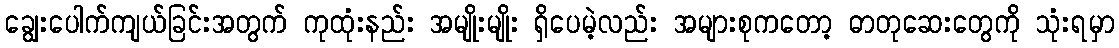
ချွေးပေါက်ကျယ်ခြင်းအတွက် ကုထုံးနည်း အမျိုးမျိုး ရှိပေမဲ့လည်း အများစုကတော့ ဓာတုဆေးတွေကို သုံးရမှာ